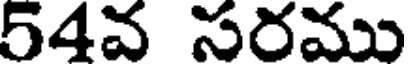
54వ సరము